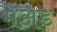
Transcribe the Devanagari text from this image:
मेअड